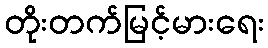
တိုးတက်မြင့်မားရေး